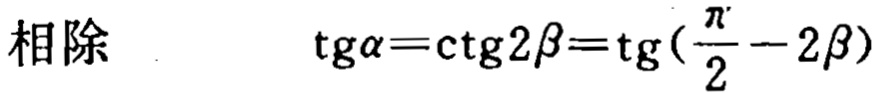
相除 \(\quad \text{tg}\alpha = \text{ctg}2\beta=\text{tg}(\frac{\pi}{2}-2\beta)\)